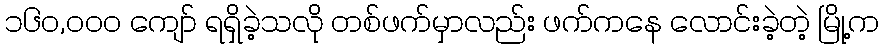
၁၆၀,၀၀၀ ကျော် ရရှိခဲ့သလို တစ်ဖက်မှာလည်း ဖက်ကနေ လောင်းခဲ့တဲ့ မြို့က